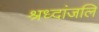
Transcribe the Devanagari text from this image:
श्रध्दांजलि